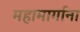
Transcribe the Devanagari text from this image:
महामार्गाना